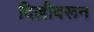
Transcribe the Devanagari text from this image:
दिल्लीवरून